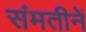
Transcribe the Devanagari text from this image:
संमतीनें